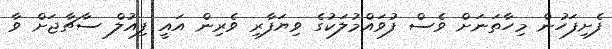
ފެށިފަހުން މިހާތަނަށް ވެސް ފުވައްމުލަކުގެ ވިޔަފާރި ވެރިން އައީ ފިއުލް ސާޗާޖަށް ވާ